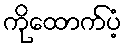
ကိုထောက်ပံ့